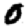
Digit: 0